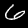
Label: 6